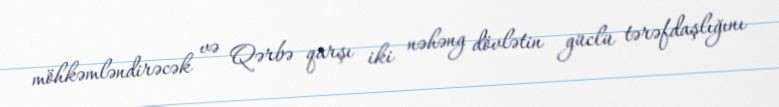
möhkəmləndirəcək və Qərbə qarşı iki nəhəng dövlətin güclü tərəfdaşlığını